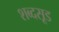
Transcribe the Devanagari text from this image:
शब्दसूड